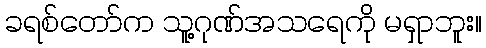
ခရစ်တော်က သူ့ဂုဏ်အသရေကို မရှာဘူး။